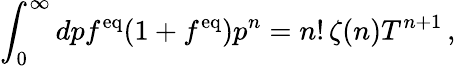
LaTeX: \int_{0}^{\infty}dpf^{\mathrm{eq}}(1+f^{\mathrm{eq}})p^{n}=n!\, \zeta(n)T^{n+1}\, ,